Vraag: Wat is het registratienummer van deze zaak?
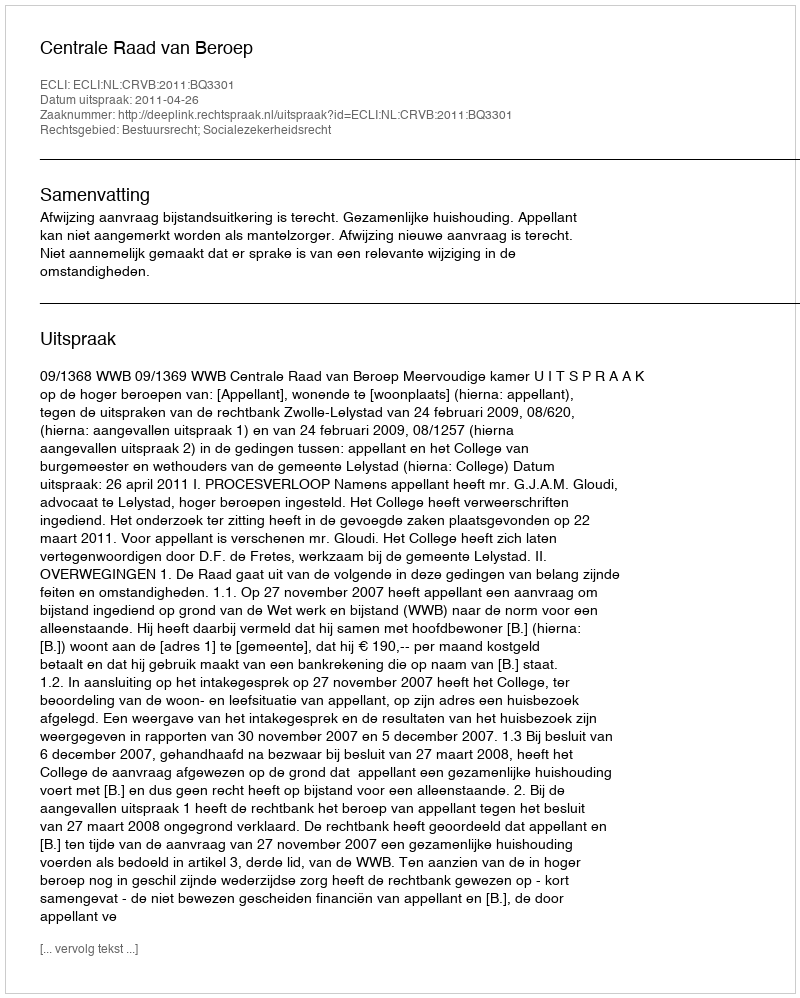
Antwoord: http://deeplink.rechtspraak.nl/uitspraak?id=ECLI:NL:CRVB:2011:BQ3301